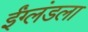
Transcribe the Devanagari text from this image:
ईंग्लंडला